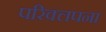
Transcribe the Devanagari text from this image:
परिक्लपना